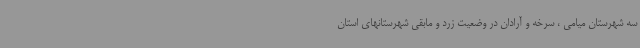
سه شهرستان میامی ، سرخه و آرادان در وضعیت زرد و مابقی شهرستانهای استان